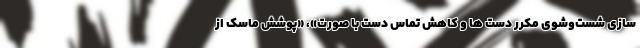
سازی شست‌وشوی مکرر دست ها و کاهش تماس دست با صورت»، «پوشش ماسک از